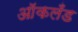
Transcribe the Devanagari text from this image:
आॅकलँड